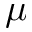
\mu